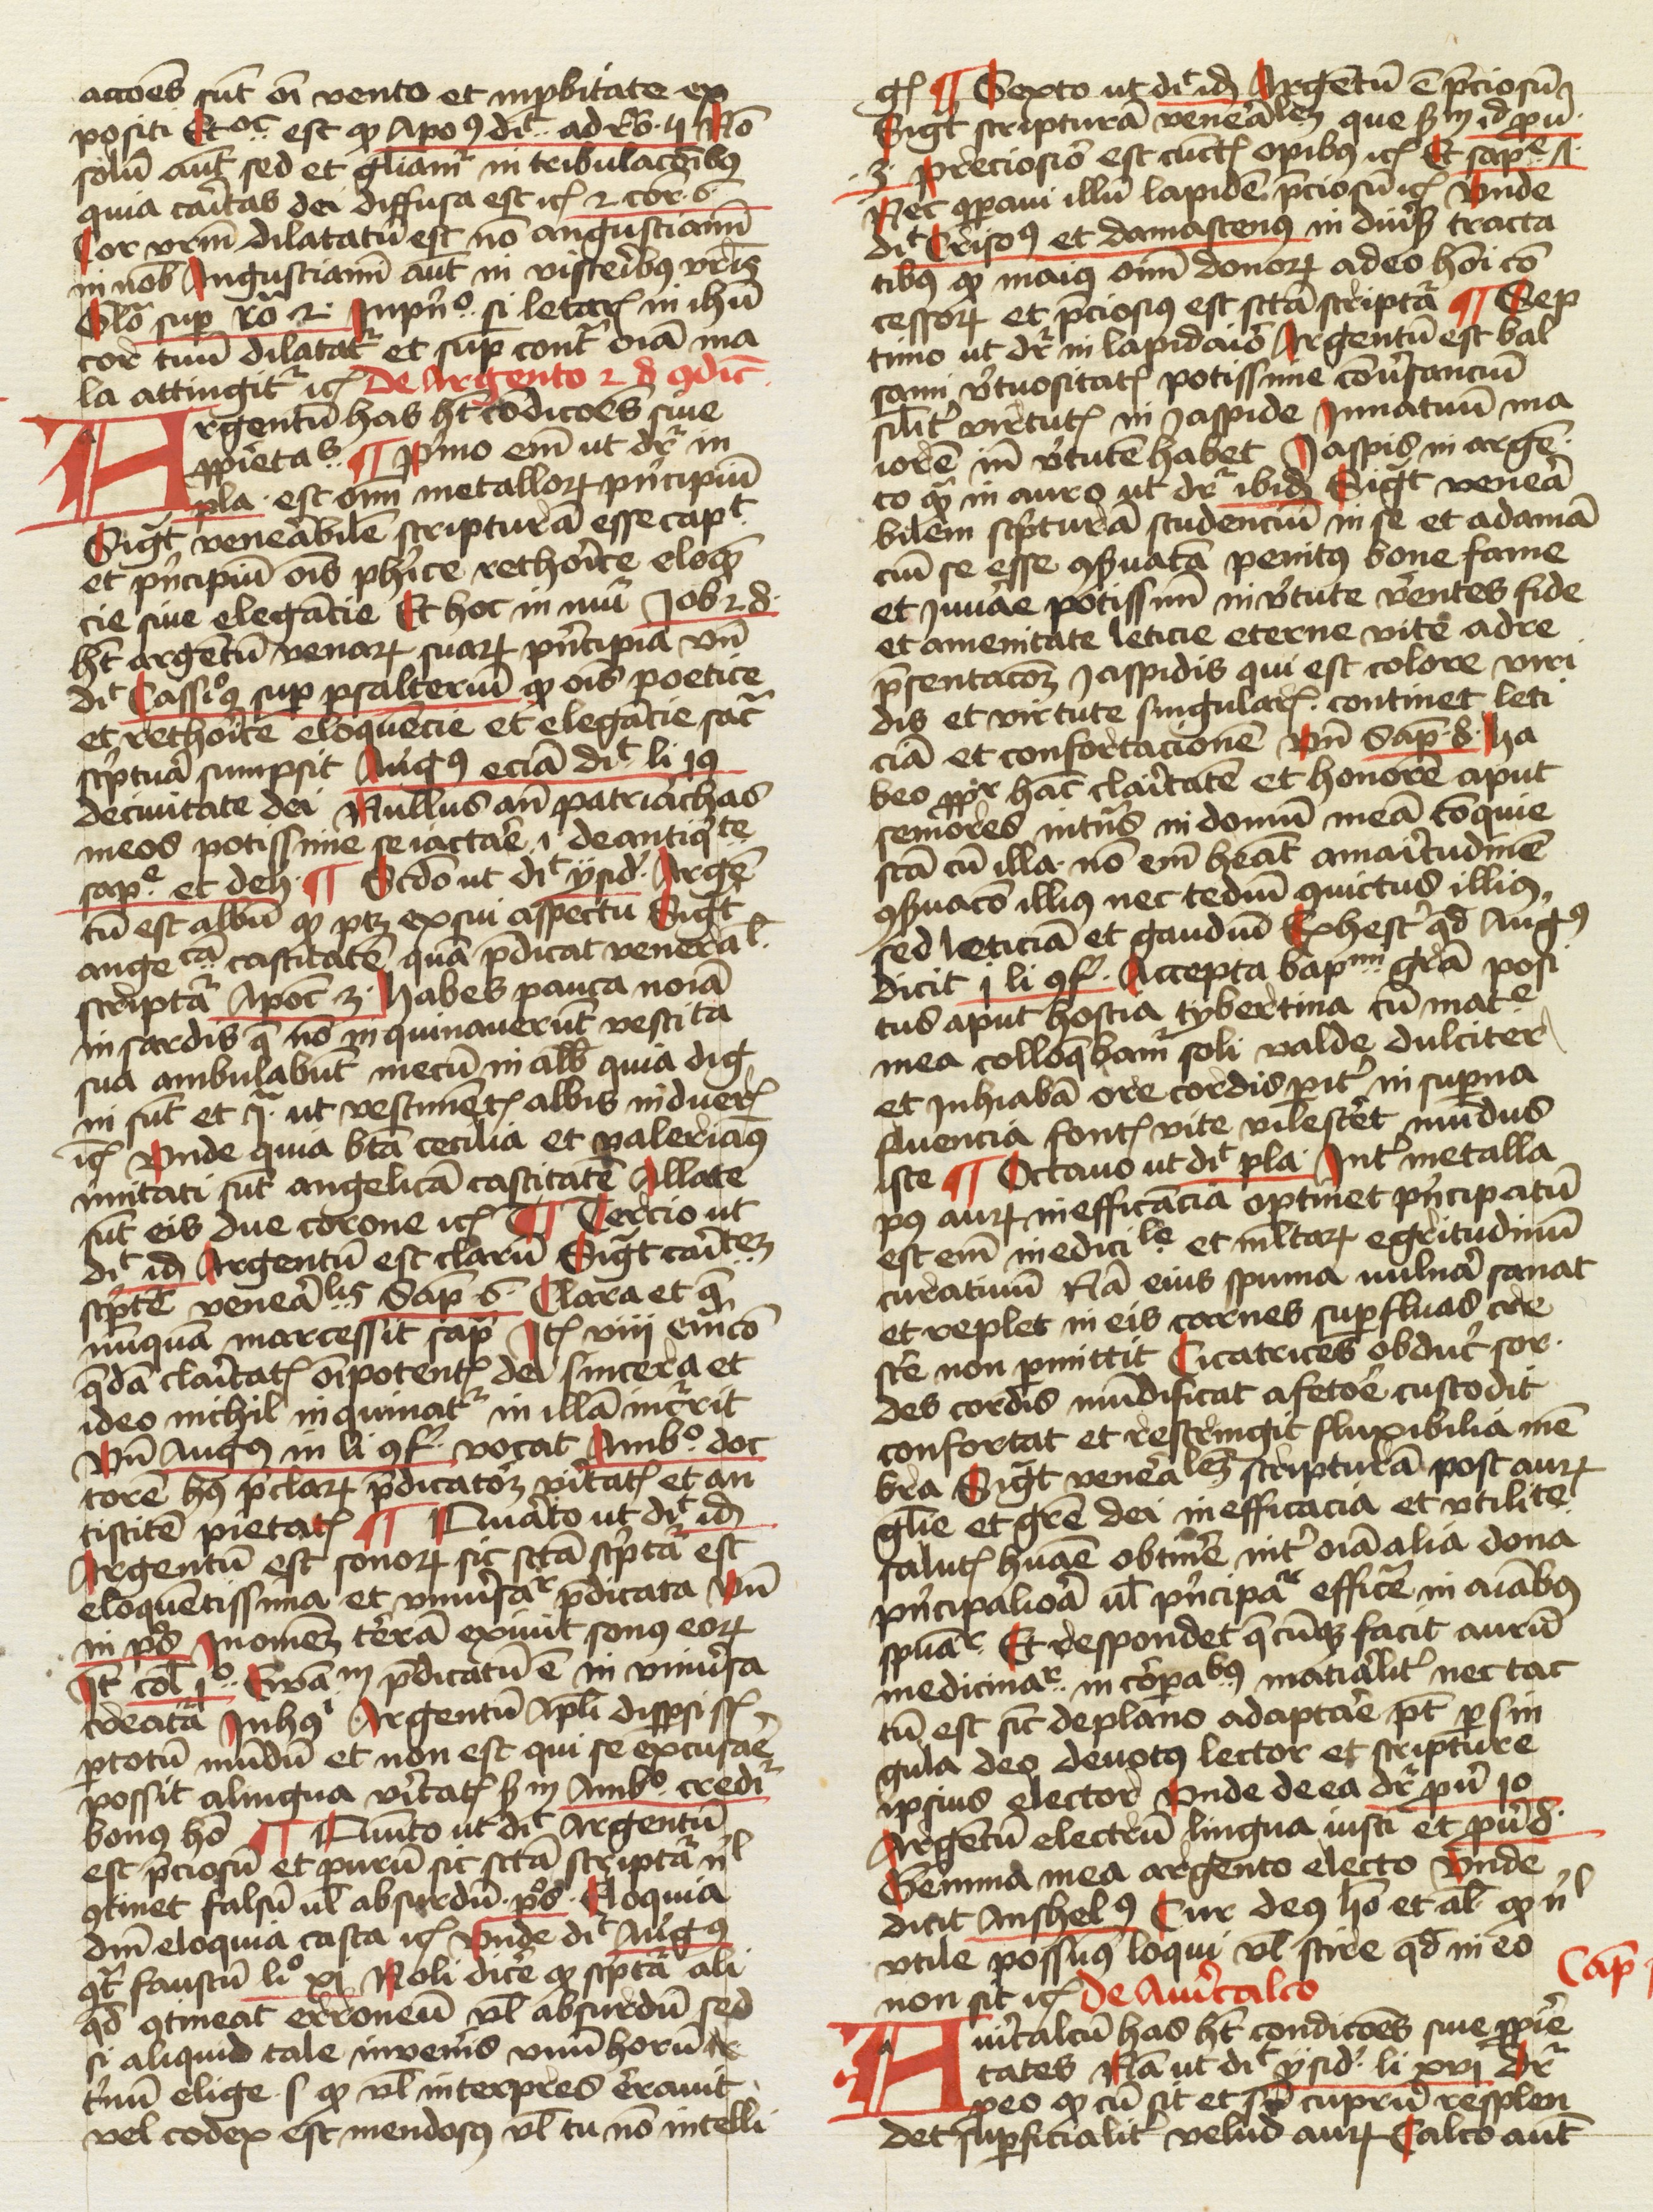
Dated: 1474–1474